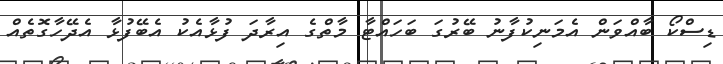
ޑިސްކޯ ބާއްވަން އެމަނިކުފާނު ބޭރުގަ ބަހައްޓާ މާތްގެ އިރާދަ ފުޅާއެކު އެބޭފުޅާ އެދޭހާގޮތެއް